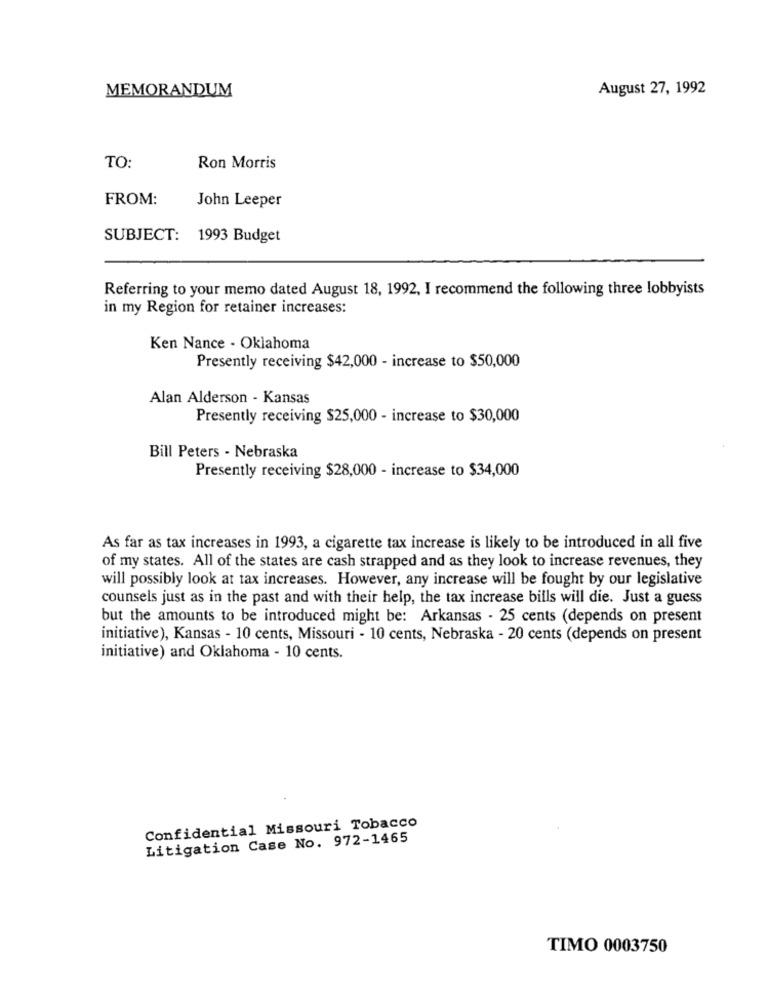
MEMORANDUM
August 27, 1992
TO:
Ron Morris
FROM:
John Leeper
SUBJECT: 1993 Budget
Referring to your memo dated August 18, 1992, I recommend the following three lobbyists
in my Region for retainer increases:
Ken Nance - Oklahoma
Presently receiving $42,000 - increase to $50,000
Alan Alderson - Kansas
Presently receiving $25,000 - increase to $30,000
Bill Peters - Nebraska
Presently receiving $28,000 - increase to $34,000
As far as tax increases in 1993, a cigarette tax increase is likely to be introduced in all five
of my states. All of the states are cash strapped and as they look to increase revenues, they
will possibly look at tax increases. However, any increase will be fought by our legislative
counsels just as in the past and with their help, the tax increase bills will die. Just a guess
but the amounts to be introduced might be: Arkansas - 25 cents (depends on present
initiative), Kansas - 10 cents, Missouri - 10 cents, Nebraska - 20 cents (depends on present
initiative) and Oklahoma - 10 cents.
Confidential Missouri Tobacco
Litigation Case No. 972-1465
TIMO 0003750